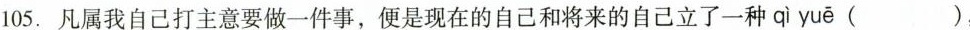
105.凡属我自己打主意要做一件事，便是现在的自己和将来的自己立了一种qì yuē ( )，